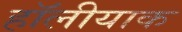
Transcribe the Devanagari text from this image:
हॉलीयाक